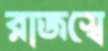
রাজস্বে